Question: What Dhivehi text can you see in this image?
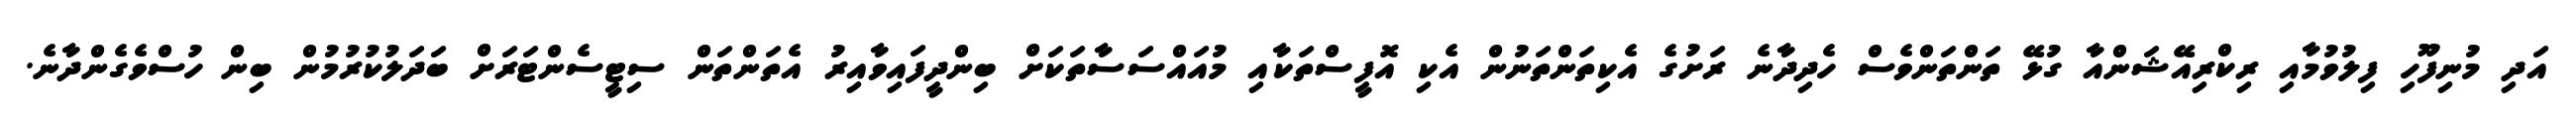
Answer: އަދި މުނިފޫހި ފިލުވުމާއި ރިކްރިއޭޝަންއާ ގުޅޭ ތަންތަންވެސް ހެދިދާނެ ރަށުގެ އެކިތަންތަނުން އެކި އޮފީސްތަކާއި މުއައްސަސާތަކަށް ބިންދީފައިވާއިރު އެތަންތަން ސިޓީސެންޓަރަށް ބަދަލުކުރުމުން ބިން ހުސްވެގެންދާނެ.